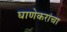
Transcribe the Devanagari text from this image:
घाणेकरांचा